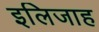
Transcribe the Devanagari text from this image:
इलिजाह